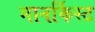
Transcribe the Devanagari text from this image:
मानर्किस्ट